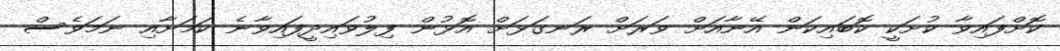
ކޮށްފައިވާ ކުށަކީ ކޮބައިކަން އޭނާއަށް ވަރަށް ރަނގަޅަށް އޮޅުން ފިލުވައިދީފައިވާނެ ކަމަށާއި ނަމަވެސް